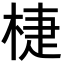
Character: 𣓉